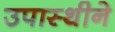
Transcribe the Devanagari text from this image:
उपास्थीने